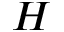
H